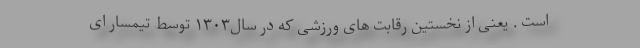
است . یعنی از نخستین رقابت های ورزشی که در سال۱۳۰۳ توسط تیمسار ای